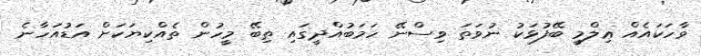
ވާހަކައެއް ޢިލްމީ ބޭފުޅަކު ނުވަތަ ވިސްނޭ ހަމަބުއްދީގައި ތިބޭ މީހުން ތެއްކިޔަކަށް އަޑުއަހާނެ